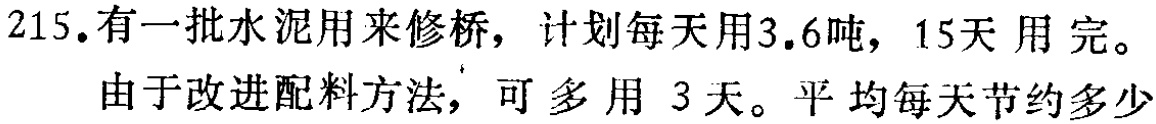
215. 有一批水泥用来修桥，计划每天用3.6吨，15天用完。由于改进配料方法，可多用 3天。平均每天节约多